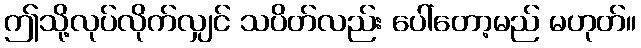
ဤသို့လုပ်လိုက်လျှင် သပိတ်လည်း ပေါ်တော့မည် မဟုတ်။